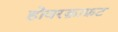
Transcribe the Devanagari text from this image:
होवरक्राफ़ट